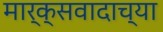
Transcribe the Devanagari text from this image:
मार्क्सवादाच्या